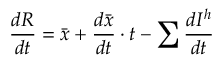
{ \frac { d R } { d t } } = { \bar { x } } + { \frac { d { \bar { x } } } { d t } } \cdot t - \sum { \frac { d I ^ { h } } { d t } }